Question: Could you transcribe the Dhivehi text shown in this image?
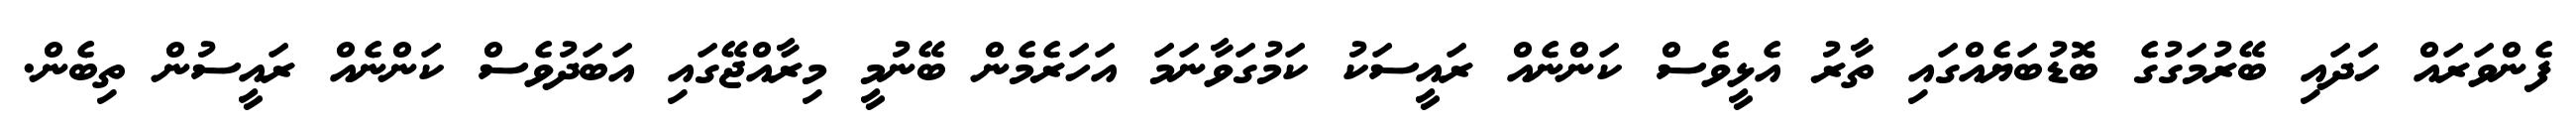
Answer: ފެންވަރައް ހަދައި ބޭރުމަގުގެ ބޮޑުބަޔެއްގައި ތާރު އެޅީވެސް ކަންނެއް ރައީސަކު ކަމުގަވާނަމަ އަހަރެމެން ބޭނުމީ މިރާއްޖޭގައި އަބަދުވެސް ކަންނެއް ރައީސުން ތިބެން.